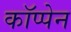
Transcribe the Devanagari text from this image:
कॉप्पेन